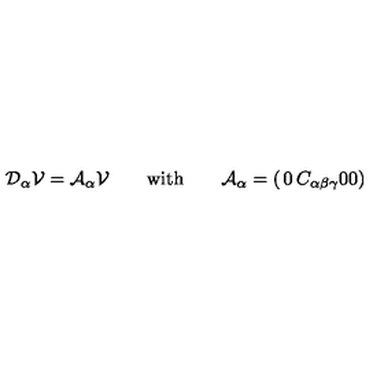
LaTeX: { \cal D } _ { \alpha } { \cal V } = { \cal A } _ { \alpha } { \cal V } \qquad \mathrm { w i t h } \qquad { \cal A } _ { \alpha } = \left( \begin{matrix} { 0 } & { C _ { \alpha \beta \gamma } } \\ { 0 } & { 0 } \\ \end{matrix} \right)